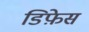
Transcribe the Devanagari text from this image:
डिफ़ेस